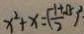
x ^ { 2 } + x = ( \frac { - 1 + \sqrt { 5 } } { 2 } ) ^ { 2 }